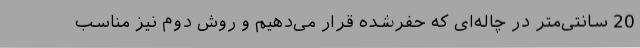
20 سانتی‌متر در چاله‌ای که حفرشده قرار می‌دهیم و روش دوم نیز مناسب